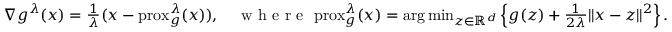
\begin{array} { r l } & { \nabla g ^ { \lambda } ( x ) = \frac { 1 } { \lambda } ( x - \mathrm { p r o x } _ { g } ^ { \lambda } ( x ) ) , \quad \textnormal { w h e r e } \, \, \mathrm { p r o x } _ { g } ^ { \lambda } ( x ) = \arg \operatorname* { m i n } _ { z \in \mathbb { R } ^ { d } } \left\{ g ( z ) + \frac { 1 } { 2 \lambda } \lVert x - z \rVert ^ { 2 } \right\} . } \end{array}